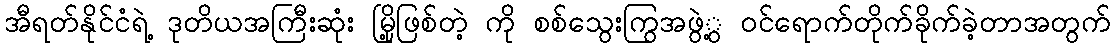
အီရတ်နိုင်ငံရဲ့ ဒုတိယအကြီးဆုံး မြို့ဖြစ်တဲ့ ကို စစ်သွေးကြွအဖွဲ့ွ ဝင်ရောက်တိုက်ခိုက်ခဲ့တာအတွက်